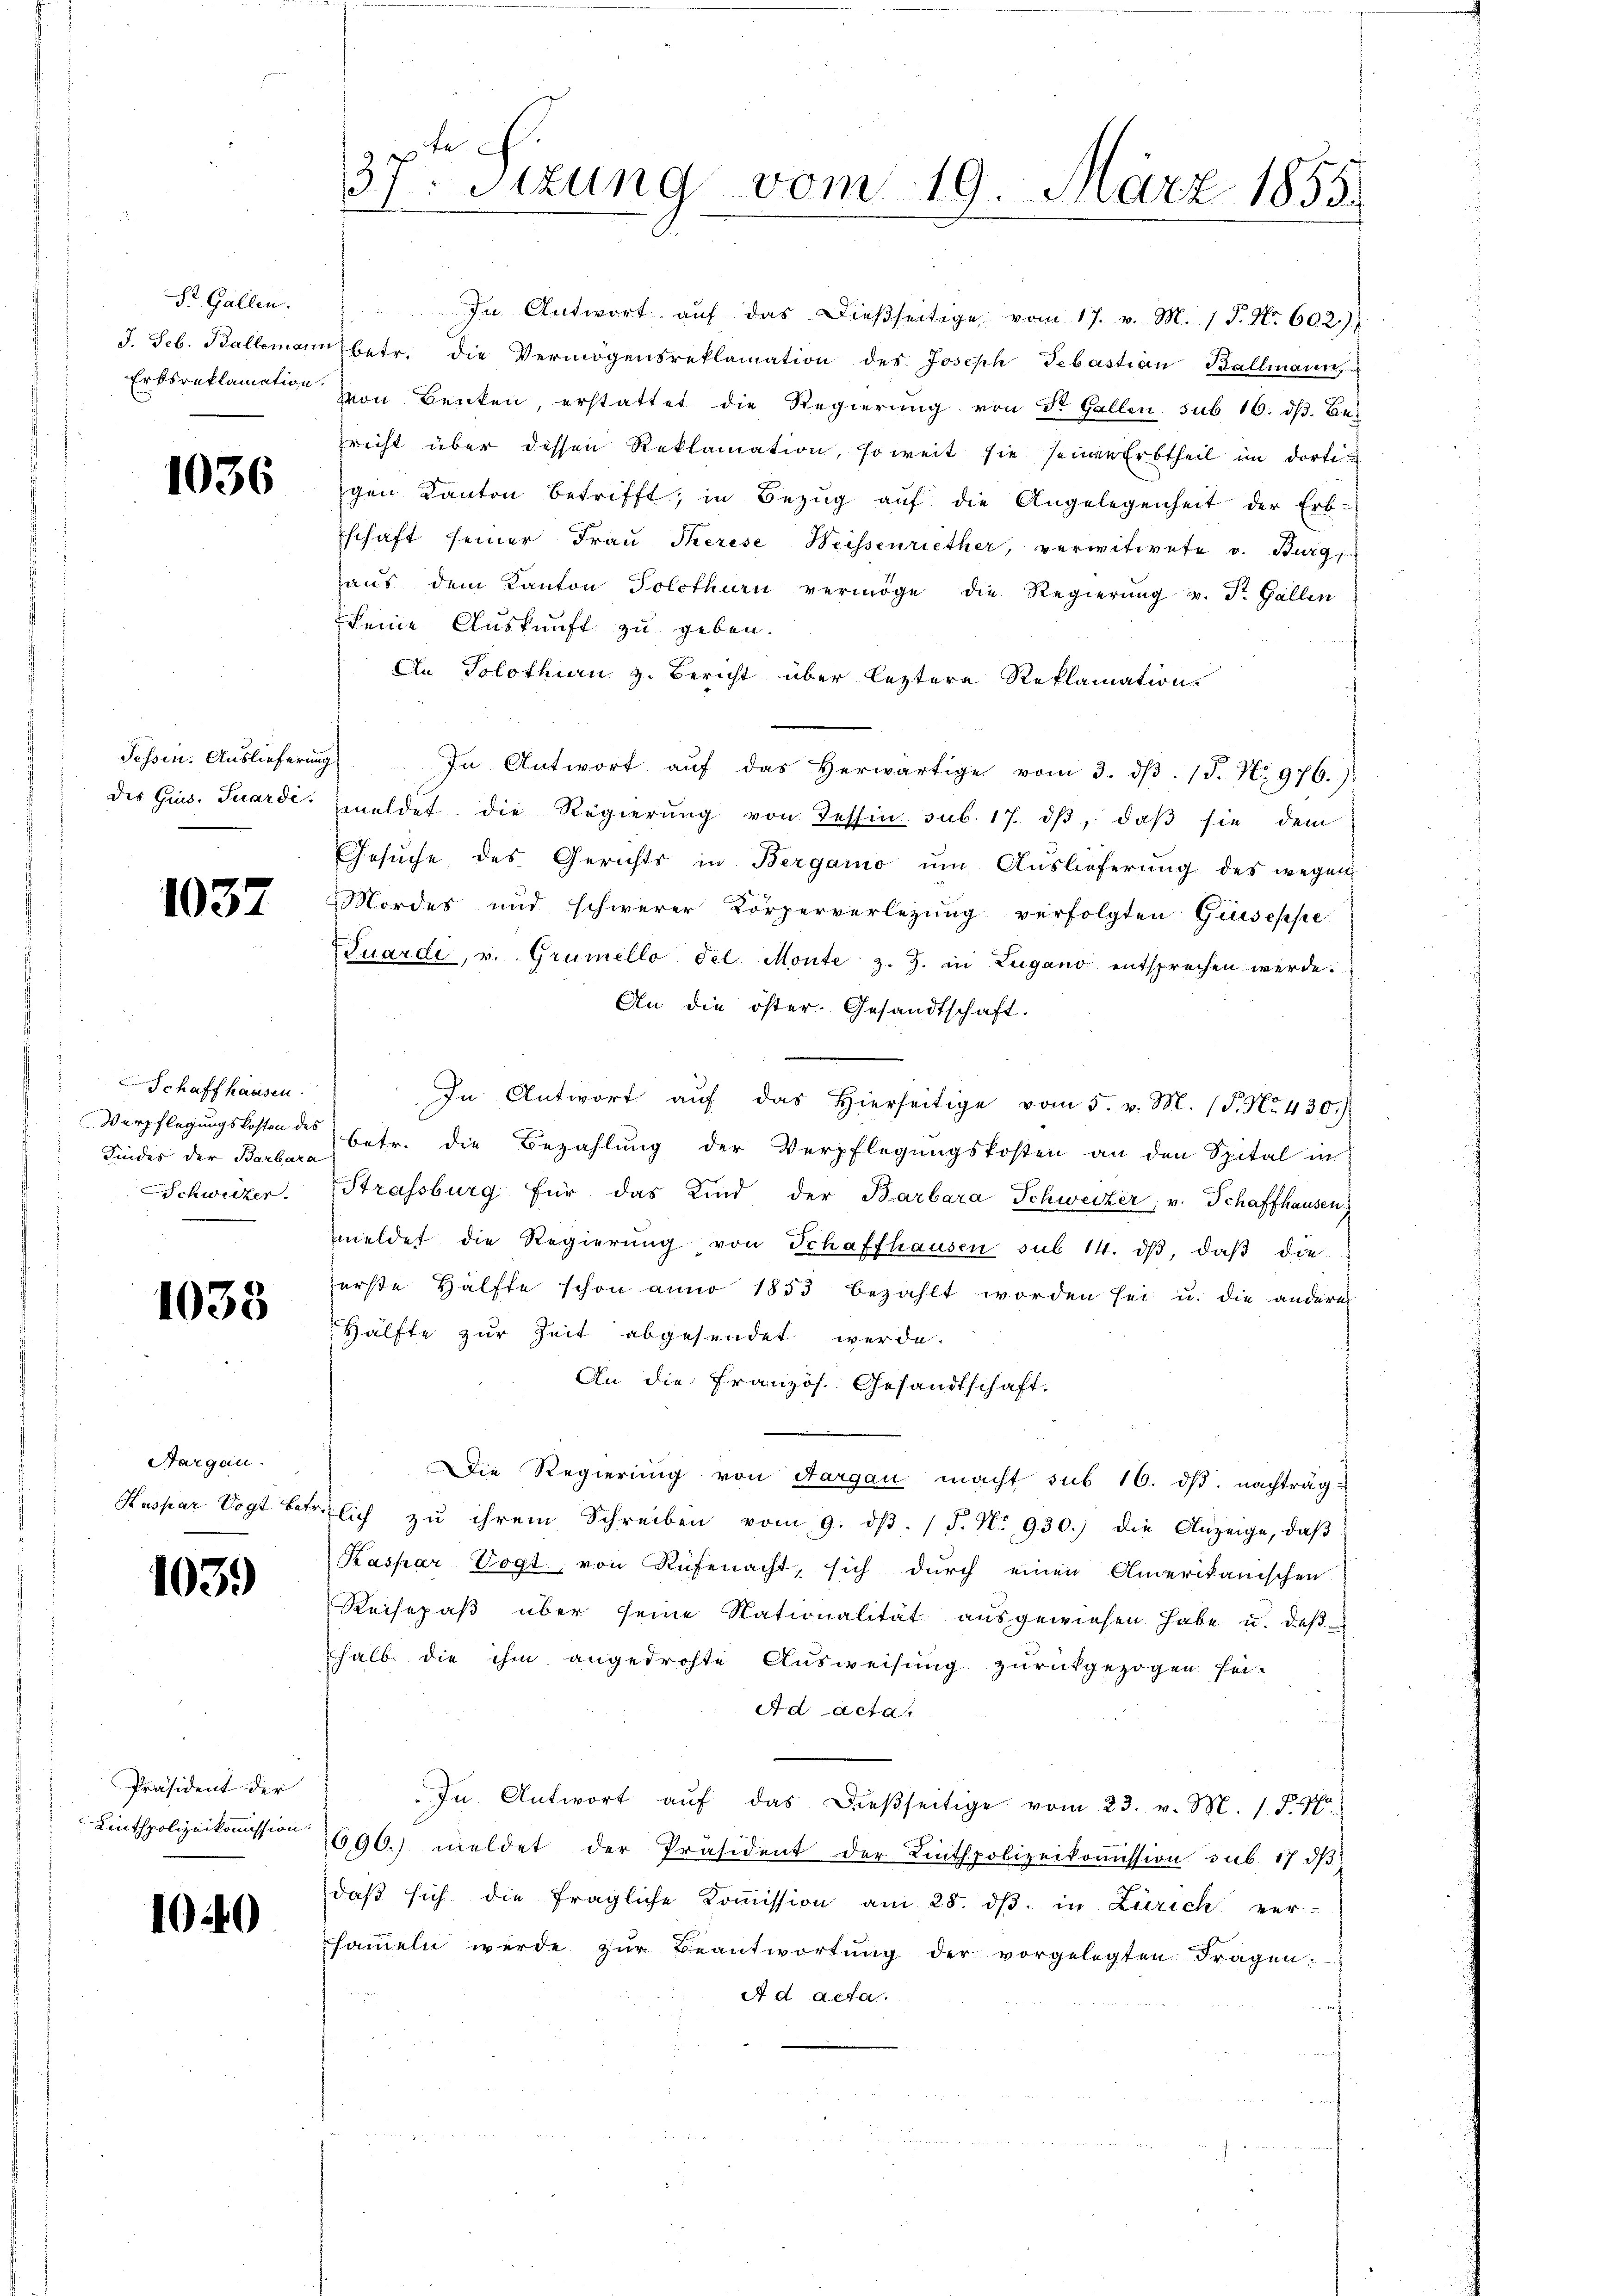
St. Gallen.
J. Seb. Ballemann
Erksreklamation.

1036

Tessin. Auslieferung
des Grus. Suardi.

1037

Schaffhausen.
Verpflegungskosten des
Schweizer.

1038

Nargen.
Haspar Vogt betr.

103.

Präsident der
Linthpolizeikommission.

1040

d
37 sizung vom 19. März 1855.

In Antwort aŭf das dieβseitige vom 17. v. M. 1. P. Nr. 602.)
übetr. die Vermögensreklamation des Joseph Sebastian Ballmann,
von Benken, erstattet die Regierung von St. Gallen sub 16. dβ. Bez
richt über dessen Reklamation, soweit sie seinen Erbtheil im dortigen Kanton betrifft, in Bezŭg aŭf die Angelegenheit der Erb-
schaft seiner Frau Therese Weissenriether, verwitwete v. Burgs
aŭs dem Kanton Solothurn vermöge die Regierŭng v. St. Gallen
keine Auskunft zu geben.
An Solothurn z. Bericht über leztere Reklamation
s
In Antwort aŭf das herwärtige vom 3. dβ. 1. No 976.)
meldet die Regierŭng von Tessin sub. 17. dβ, daβ sie dem
Gesŭche des Gerichts in Bergamo ŭm Aŭslieferung des wegen
Mordes und schwerer Körperverlegŭng verfolgten Giuseppe
Tuardi, v. Grumello del Monte z. Z. in Zugano entsprechen werde.
An die öster. Gesandtschaft.
In Antwort aŭf das hierseitige vom 5. v. M. (T. No. 430.)
Kindes der Berg betr. die Bezahlung der Verpflegungskosten an den Spital in
Strassburg für das Kind der Barbara Schweizer, v. Schaffhausen
meldet die Regierŭng von Schaffhausen sub 14. dβ, daβ die
ferste Hälfte schon anno 1853 bezahlt worden sei u. die andere
Hälfte zur Zeit abgesendet werde.
An die Französ. Gesandtschaft.
Die Regierŭng von Aargau macht sub 16. dβ. nachtrag
ötlich zŭ ihrem Schreiben vom 9. dβ. / F. N. 930.) die Anzeige, daβ
Kaspar Vogt, von Rüfenacht, sich durch einen Amerikanischen
Reisepaß über seine Nationalität ausgewiesen habe u. deß-
halb die ihm angedrohte Ausweisung zurückgezogen sei-
Ad acta
In Antwort aŭf das dieβseitige vom 23. v. M. 1 S. 40
690.) meldet der Präsident der Linthpolizeikoṁission sub. 17 dβ
daβ sich die fragliche Koṁission am 28. dβ in Zürich ver-
saṁeln werde zŭr Beantwortŭng der vorgelegten Fragen.
A d acta.
¬